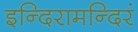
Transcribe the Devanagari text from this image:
इन्दिरामन्दिरं